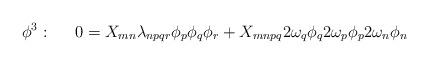
LaTeX: \begin{align*}\phi^{3}: \;\;\;\;\; 0 = X_{mn} \lambda_{npqr}\phi_{p}\phi_{q}\phi_{r} + X_{mnpq} 2\omega_{q} \phi_{q} 2\omega_{p}\phi_{p} 2 \vspace{-12pt} \omega_{n}\phi_{n}\end{align*}